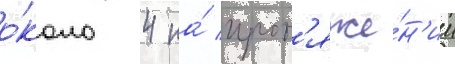
о́коло 4 на́ прот'яже́н'ии